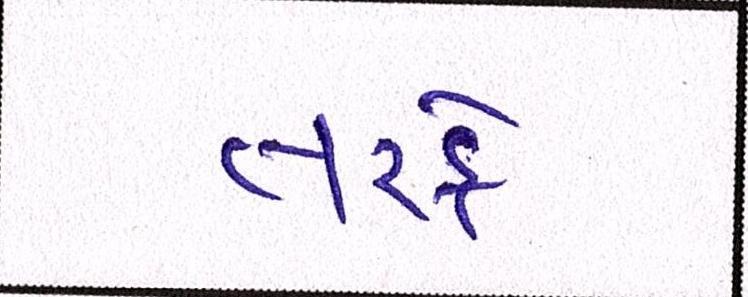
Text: તરફે